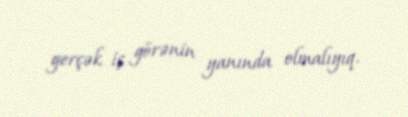
gerçək iş görənin yanında olmalıyıq.